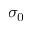
\sigma _ { 0 }